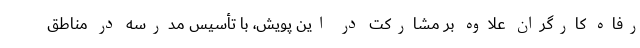
رفاه کارگران علاوه بر مشارکت در این پویش، با تأسیس مدرسه در مناطق